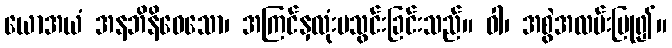
ယောအယံ အနဘိနိဝေသော၊ အကြင်နှလုံးမသွင်းခြင်းသည်။ ဝါ၊ အစွဲအလမ်းပြု၍။